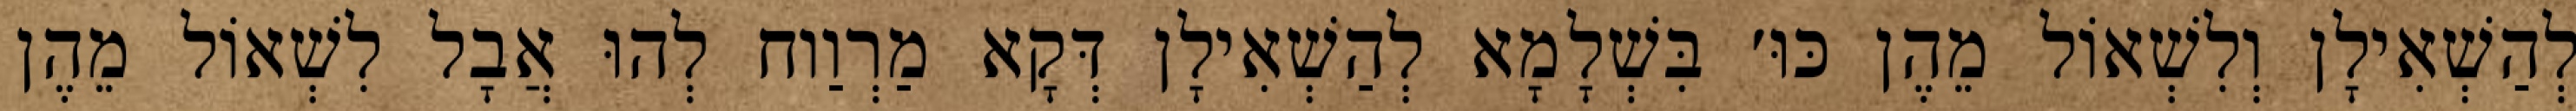
לְהַשְׁאִילָן וְלִשְׁאוֹל מֵהֶן כּוּ׳ בִּשְׁלָמָא לְהַשְׁאִילָן דְּקָא מַרְוַוח לְהוּ אֲבָל לִשְׁאוֹל מֵהֶן